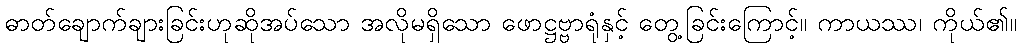
ဓာတ်ချောက်ချားခြင်းဟုဆိုအပ်သော အလိုမရှိသော ဖောဋ္ဌဗ္ဗာရုံနှင့် တွေ့ခြင်းကြောင့်။ ကာယဿ၊ ကိုယ်၏။